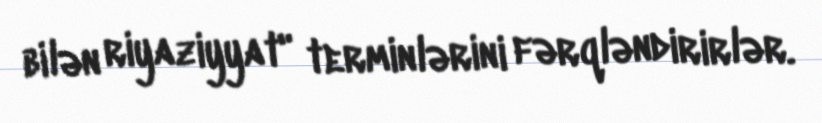
bilən riyaziyyat" terminlərini fərqləndirirlər.